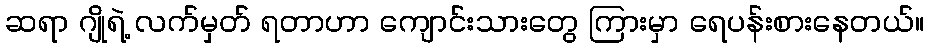
ဆရာ ဂျိုရဲ့ လက်မှတ် ရတာဟာ ကျောင်းသားတွေ ကြားမှာ ရေပန်းစားနေတယ်။